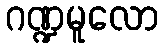
ဂဏ္ဍမူလော